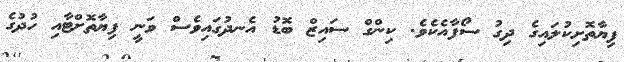
ފިޔާތޮށިކުލައިގެ ދިގު ސޯފާއެކެވެ. ކިންގް ސައިޒް ބޮޑު އެނދުގައިވެސް ވަނީ ފިޔާތޮށްޓާއި ހުދުގެ